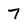
Character: 7